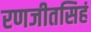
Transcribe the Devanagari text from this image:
रणजीतसिहं